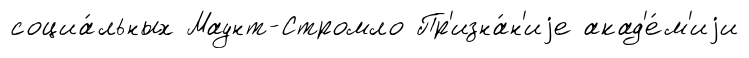
социа́льных Маунт-Стромло Пр'изна́н'иjе акад'е́м'иjи